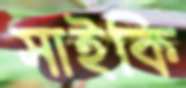
সাইকি